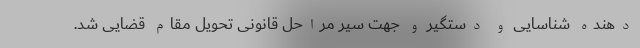
دهنده شناسایی و دستگیر و جهت سیر مراحل قانونی تحویل مقام قضایی شد.